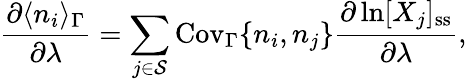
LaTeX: \frac{\partial\langle n_{i}\rangle_{\Gamma}}{\partial\lambda}=\sum_{j\in\mathcal{S}}\mathrm{Cov}_{\Gamma}\{ n_{i},n_{j}\} \frac{\partial\ln[X_{j}]_{\mathrm{ss}}}{\partial\lambda},